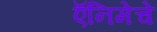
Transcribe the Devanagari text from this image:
ऍनिमेचे